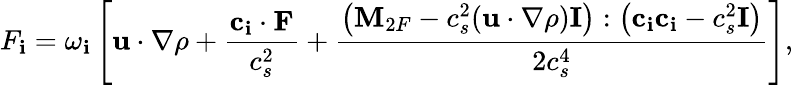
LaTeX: F_{\mathbf{i}}=\omega_{\mathbf{i}}\left[\mathbf{{u}}\cdot\nabla\rho+\frac{{\mathbf{{c}}_{\mathbf{i}}\cdot\mathbf{{F}}}}{{c_{s}^{2}}}+\frac{{\left(\mathbf{{M}}_{2F}-c_{s}^{2}(\mathbf{{u}}\cdot\nabla\rho)\mathbf{{I}}\right):\left(\mathbf{{c}}_{\mathbf{i}}\mathbf{{c}}_{\mathbf{i}}-c_{s}^{2}\mathbf{{I}}\right)}}{{2c_{s}^{4}}}\right],